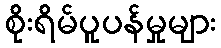
စိုးရိမ်ပူပန်မှုများ